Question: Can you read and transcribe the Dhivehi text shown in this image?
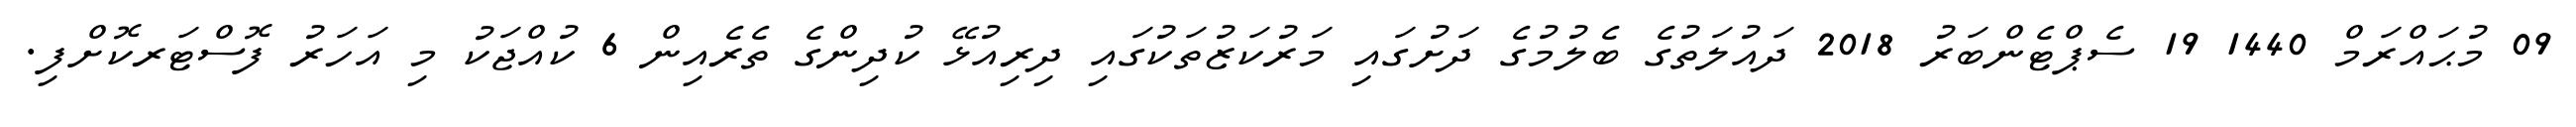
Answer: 09 މުޙައްރަމް 1440 19 ސެޕްޓެންބަރު 2018 ދައުލަތުގެ ބެލުމުގެ ދަށުގައި މަރުކަޒުތަކުގައި ދިރިއުޅޭ ކުދިންގެ ތެރެއިން 6 ކުއްޖަކު މި އަހަރު ފޮސްޓަރކޮށްފި.